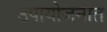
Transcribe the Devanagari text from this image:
उपायोजनात